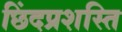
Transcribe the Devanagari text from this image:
छिंदप्रशस्ति